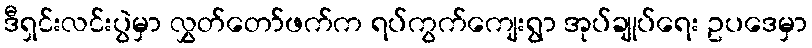
ဒီရှင်းလင်းပွဲမှာ လွှတ်တော်ဖက်က ရပ်ကွက်ကျေးရွာ အုပ်ချုပ်ရေး ဥပဒေမှာ